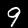
Digit: 9